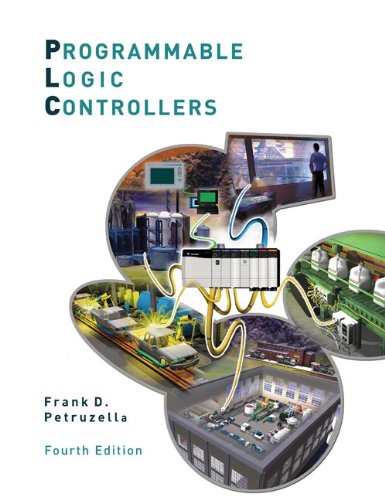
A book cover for Programmable Logic Controllers; Frank Petruzella; Engineering & Transportation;